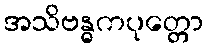
အသိဗန္ဓကပုတ္တော